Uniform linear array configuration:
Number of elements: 48
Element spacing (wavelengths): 0.25
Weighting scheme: uniform
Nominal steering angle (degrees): -45
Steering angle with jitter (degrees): -46.883
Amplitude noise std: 0.05
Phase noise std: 0.05

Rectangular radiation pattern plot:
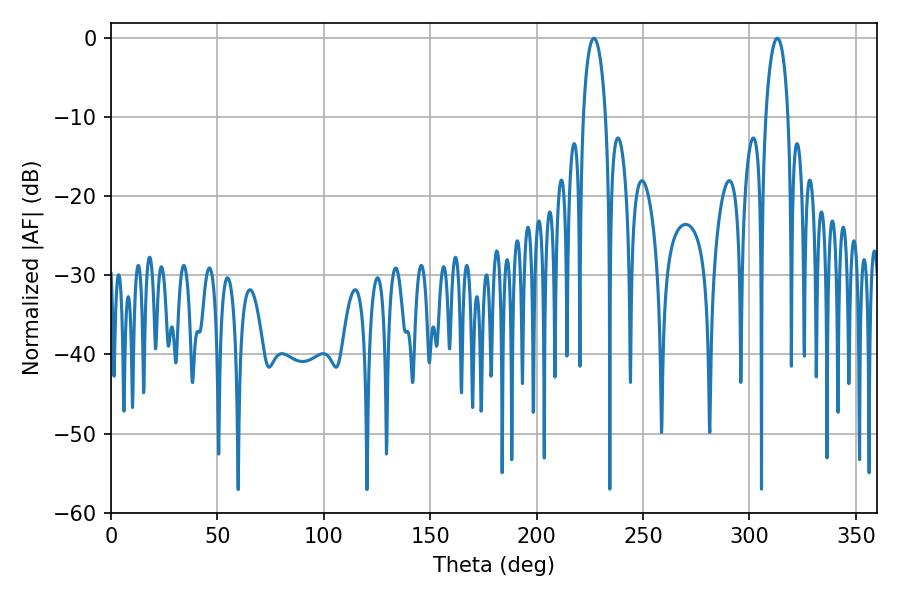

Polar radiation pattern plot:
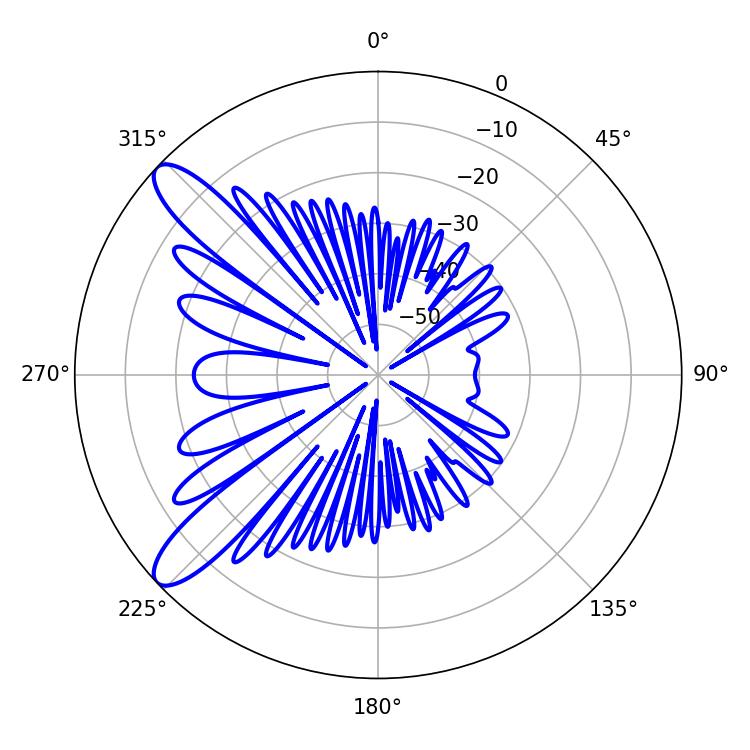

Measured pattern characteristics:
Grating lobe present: FALSE
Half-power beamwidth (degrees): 6.12
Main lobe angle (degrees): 313.02